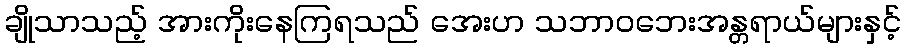
ချိုသာသည့် အားကိုးနေကြရသည် အေးဟ သဘာဝဘေးအန္တရာယ်များနှင့်